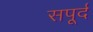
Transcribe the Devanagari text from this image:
सपूर्द